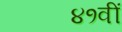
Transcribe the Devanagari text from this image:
४१वीं